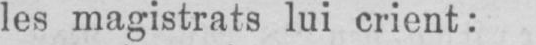
les magistrats lui crient: